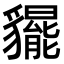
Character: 𧴞